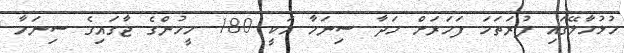
ހުޅުމާލޭގައި ފުރަތަމަ ފަހަރަށް ހަދާ ސިނަމާ އަކީ 180 މީހުންގެ ޖާގައިިގެ ސިނަމާ